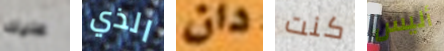
عليك الذي دان كنت أليس